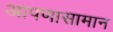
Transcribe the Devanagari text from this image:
आपणासामान